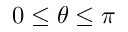
0 \le \theta \le \pi